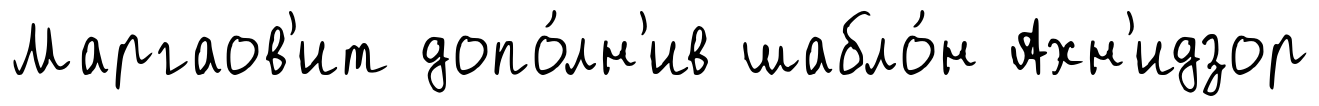
Маргаов'ит допо́лн'ив шабло́н Ахн'идзор